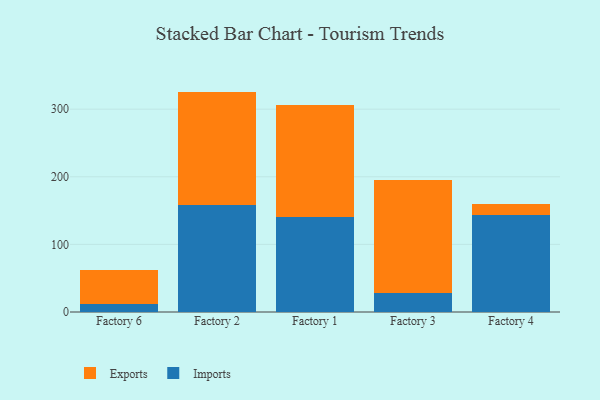
{"axis": {"x": "Factory", "y": "Website Visitors"}, "legend": ["Exports", "Imports"], "data": [{"x": "Factory 6", "y": 12.0, "type": "Imports"}, {"x": "Factory 6", "y": 50.4, "type": "Exports"}, {"x": "Factory 2", "y": 158.4, "type": "Imports"}, {"x": "Factory 2", "y": 167.6, "type": "Exports"}, {"x": "Factory 1", "y": 140.2, "type": "Imports"}, {"x": "Factory 1", "y": 166.1, "type": "Exports"}, {"x": "Factory 3", "y": 28.2, "type": "Imports"}, {"x": "Factory 3", "y": 167.6, "type": "Exports"}, {"x": "Factory 4", "y": 143.8, "type": "Imports"}, {"x": "Factory 4", "y": 15.7, "type": "Exports"}]}